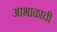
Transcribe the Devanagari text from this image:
आभाळाची